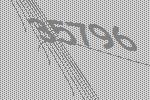
35796